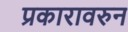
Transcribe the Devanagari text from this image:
प्रकारावरुन